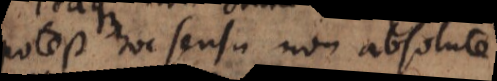
potest hoc sensu non absolute